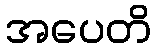
အပေတိ